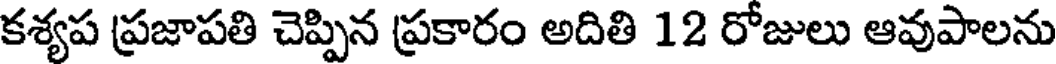
కశ్యప ప్రజాపతి చెప్పిన ప్రకారం అదితి 12 రోజులు ఆవుపాలను